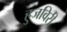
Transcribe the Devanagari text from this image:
हुजविरी